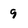
Character: 9